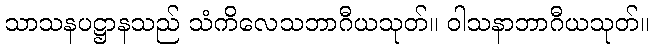
သာသနပဋ္ဌာနသည် သံကိလေသဘာဂီယသုတ်။ ဝါသနာဘာဂီယသုတ်။